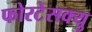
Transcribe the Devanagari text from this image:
फोरटेसक्यु